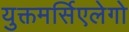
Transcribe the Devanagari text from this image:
युक्तमर्सिएलेगो